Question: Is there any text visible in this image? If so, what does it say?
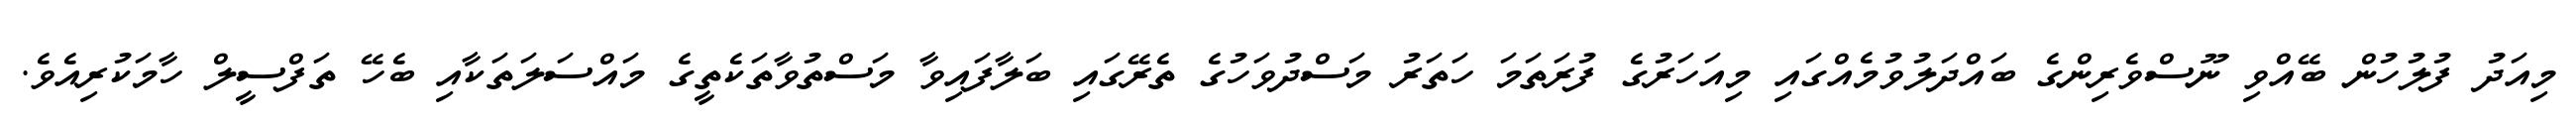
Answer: މިއަދު ފުލުހުން ބޭއްވި ނޫސްވެރިންގެ ބައްދަލުވުމެއްގައި މިއަހަރުގެ ފުރަތަމަ ހަތަރު މަސްދުވަހުގެ ތެރޭގައި ބަލާފައިވާ މަސްތުވާތަކެތީގެ މައްސަލަތަކާއި ބެހޭ ތަފްސީލް ހާމަކުރިއެވެ.